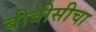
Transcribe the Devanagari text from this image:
बीबीसीचा